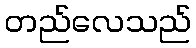
တည်လေသည်